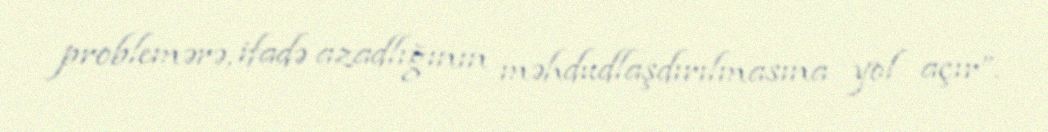
problemərə, ifadə azadlığının məhdudlaşdırılmasına yol açır”.